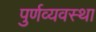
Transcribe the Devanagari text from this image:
पुर्णव्यवस्था